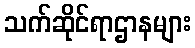
သက်ဆိုင်ရာဌာနများ